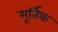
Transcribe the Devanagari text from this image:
मूर्तिक